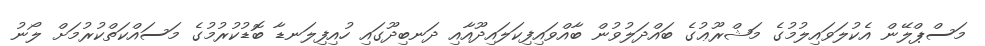
މަސްޕްލޭން އެކުލަވައިލުމުގެ މަޝްރޫޢުގެ ބައްދަލުވުން ބާއްވައިފިކަލައިދޫއާއި ދަނބިދޫގައި ހުއިފިލަނޑާ ބޮޑުކުރުމުގެ މަސައްކަތްކުރުމަށް ލޯނު